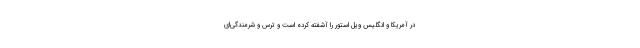
در آمریکا و انگلیس ویل استور را آشفته کرده است و ترس و شرمندگی‌ای